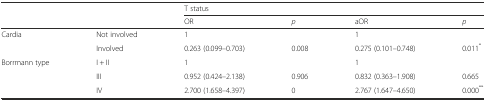
<table><thead><tr><td>[EMPTY_CELL]</td><td>[EMPTY_CELL]</td><td colspan="4"><b>T status</b></td></tr><tr><td>[EMPTY_CELL]</td><td>[EMPTY_CELL]</td><td><b>OR</b></td><td><b><i>p</i></b></td><td><b>aOR</b></td><td><b><i>p</i></b></td></tr></thead><tbody><tr><td rowspan="2">Cardia</td><td>Not involved</td><td>1</td><td>[EMPTY_CELL]</td><td>1</td><td>[EMPTY_CELL]</td></tr><tr><td>Involved</td><td>0.263 (0.099–0.703)</td><td>0.008</td><td>0.275 (0.101–0.748)</td><td>0.011<sup>*</sup></td></tr><tr><td rowspan="3">Borrmann type</td><td>I + II</td><td>1</td><td>[EMPTY_CELL]</td><td>1</td><td>[EMPTY_CELL]</td></tr><tr><td>III</td><td>0.952 (0.424–2.138)</td><td>0.906</td><td>0.832 (0.363–1.908)</td><td>0.665</td></tr><tr><td>IV</td><td>2.700 (1.658–4.397)</td><td>0</td><td>2.767 (1.647–4.650)</td><td>0.000<sup>**</sup></td></tr></tbody></table>